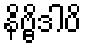
နိဗ္ဗိဒါပိ